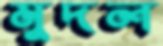
মুদল